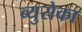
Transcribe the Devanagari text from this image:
ब्युसेका